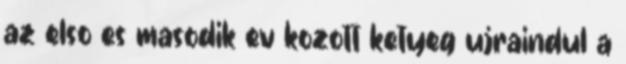
az elso es masodik ev kozott ketyeg ujraindul a